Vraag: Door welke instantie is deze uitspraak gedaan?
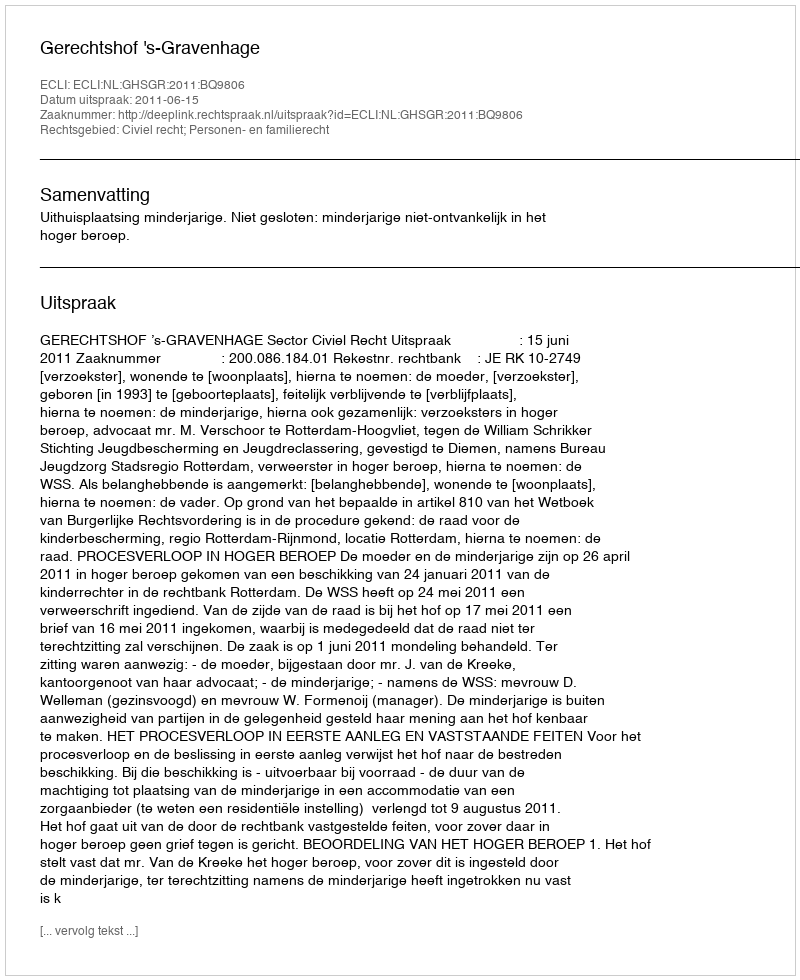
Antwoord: Gerechtshof 's-Gravenhage